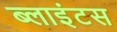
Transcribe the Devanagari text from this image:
ब्लाइंटस